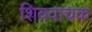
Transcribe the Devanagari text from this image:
शिववाचक